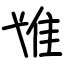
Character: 隿